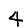
Digit: 4